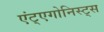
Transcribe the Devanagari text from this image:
एंट्एगोनिस्ट्स